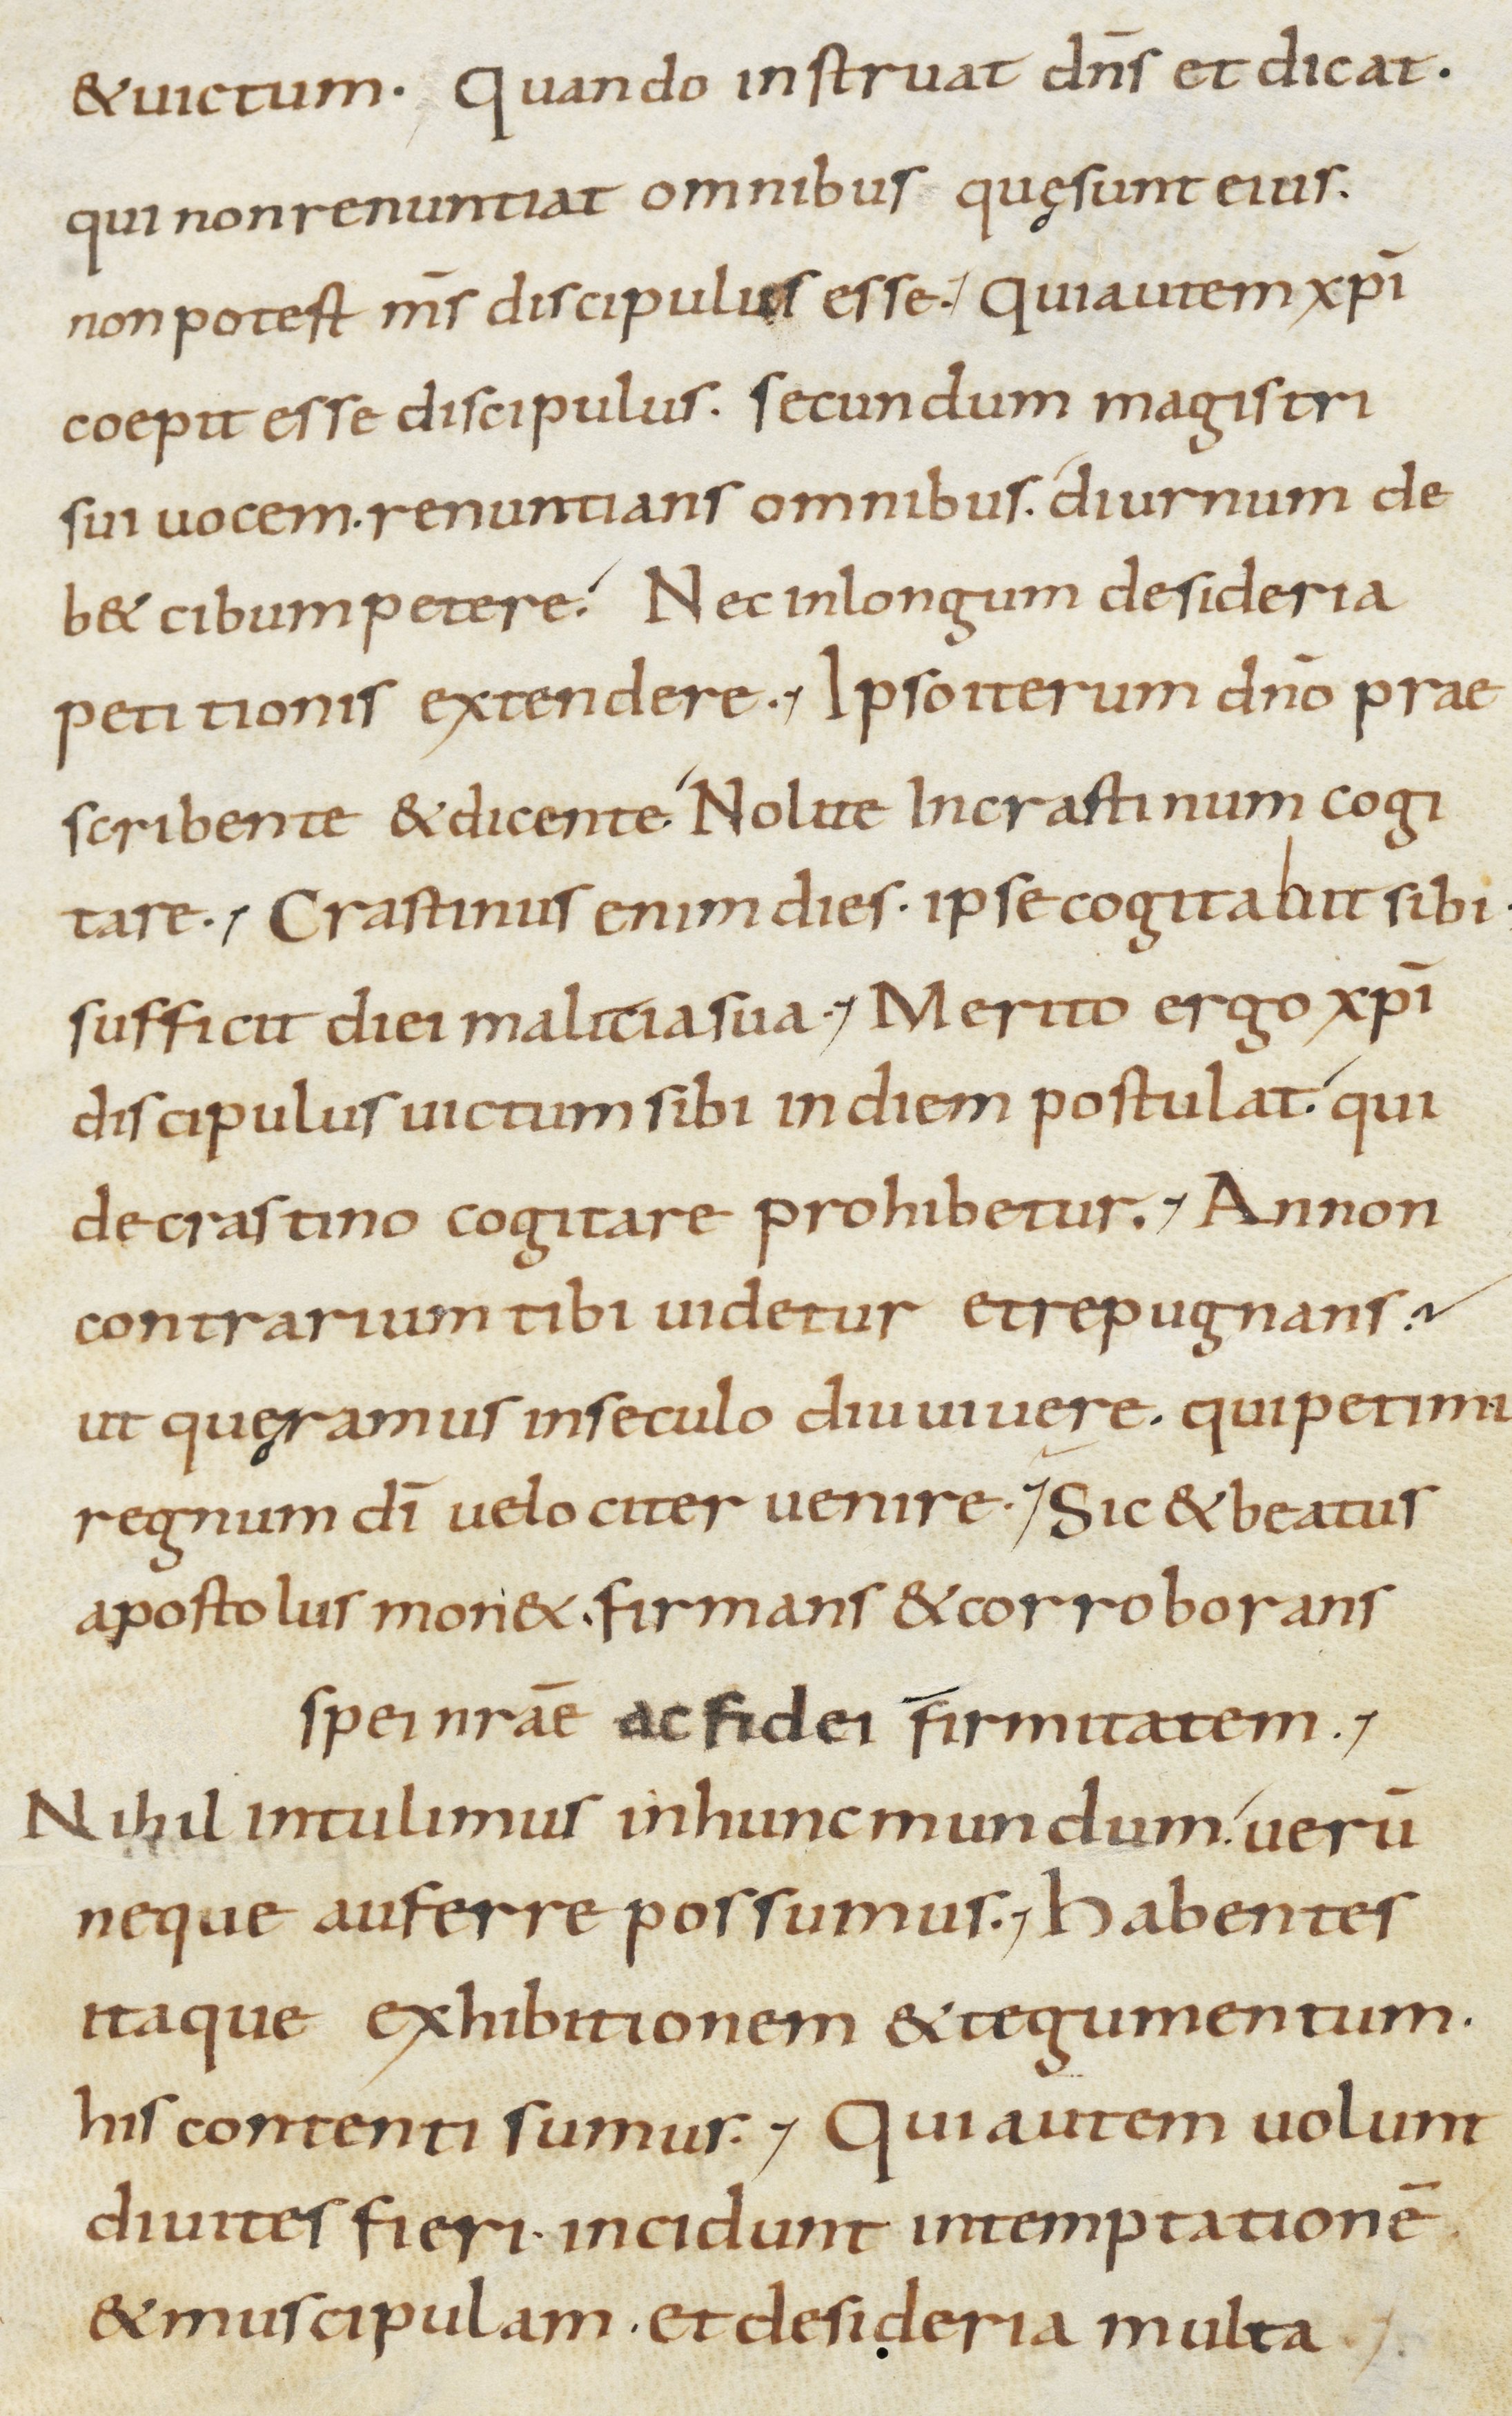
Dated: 800–899